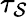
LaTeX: \tau_{\mathcal{S}}